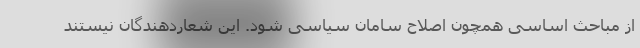
از مباحث اساسی همچون اصلاح سامان سیاسی شود. این شعاردهندگان نیستند